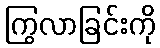
ကြွလာခြင်းကို